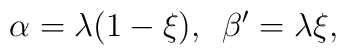
\alpha = \lambda (1-\xi),\,\,\, \beta^{\prime} =\lambda \xi ,